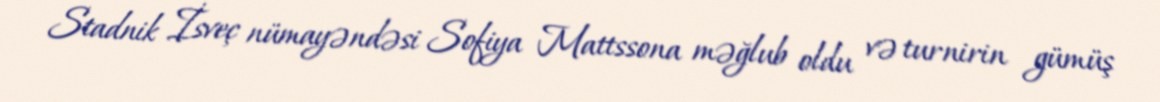
Stadnik İsveç nümayəndəsi Sofiya Mattssona məğlub oldu və turnirin gümüş